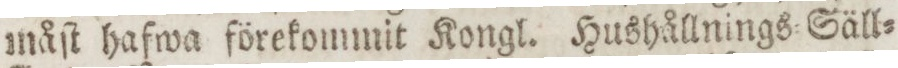
måſt hafwa förekommit Kongl. Hushållnings Säll=